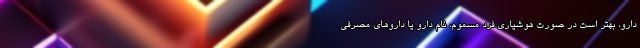
دارو، بهتر است در صورت هوشیاری فرد مسموم، نام دارو یا داروهای مصرفی